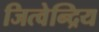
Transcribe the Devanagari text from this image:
जित्वेन्द्रिय